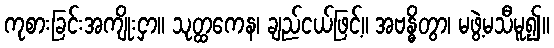
ကုစားခြင်းအကျိုးငှာ။ သုတ္ထကေန၊ ချည်ငယ်ဖြင့်။ အဗန္ဓိတွာ၊ မဖွဲ့မသီမူ၍။